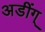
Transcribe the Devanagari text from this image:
अडींग्